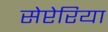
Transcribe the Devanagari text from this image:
सेप्टेरिया